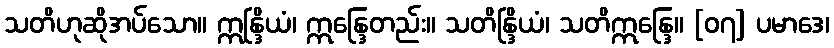
သတိဟုဆိုအပ်သော။ ဣန္ဒြိယံ၊ ဣန္ဒြေတည်း။ သတိန္ဒြိယံ၊ သတိဣန္ဒြေ။ [၀၇] ပမာဒေ၊